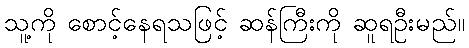
သူ့ကို စောင့်နေရသဖြင့် ဆန်ကြီးကို ဆူရဦးမည်။